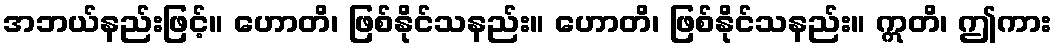
အဘယ်နည်းဖြင့်။ ဟောတိ၊ ဖြစ်နိုင်သနည်း။ ဟောတိ၊ ဖြစ်နိုင်သနည်း။ ဣတိ၊ ဤကား